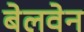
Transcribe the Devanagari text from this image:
बेलवेन